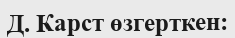
Д. Карст өзгерткен: